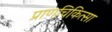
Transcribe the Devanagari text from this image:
प्राणचिकित्सा